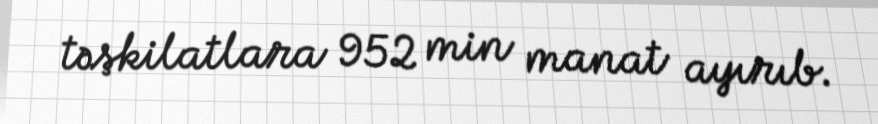
təşkilatlara 952 min manat ayırıb.